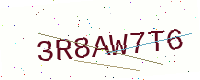
Text: 3R8AW7T6